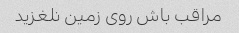
مراقب باش روی زمین نلغزید